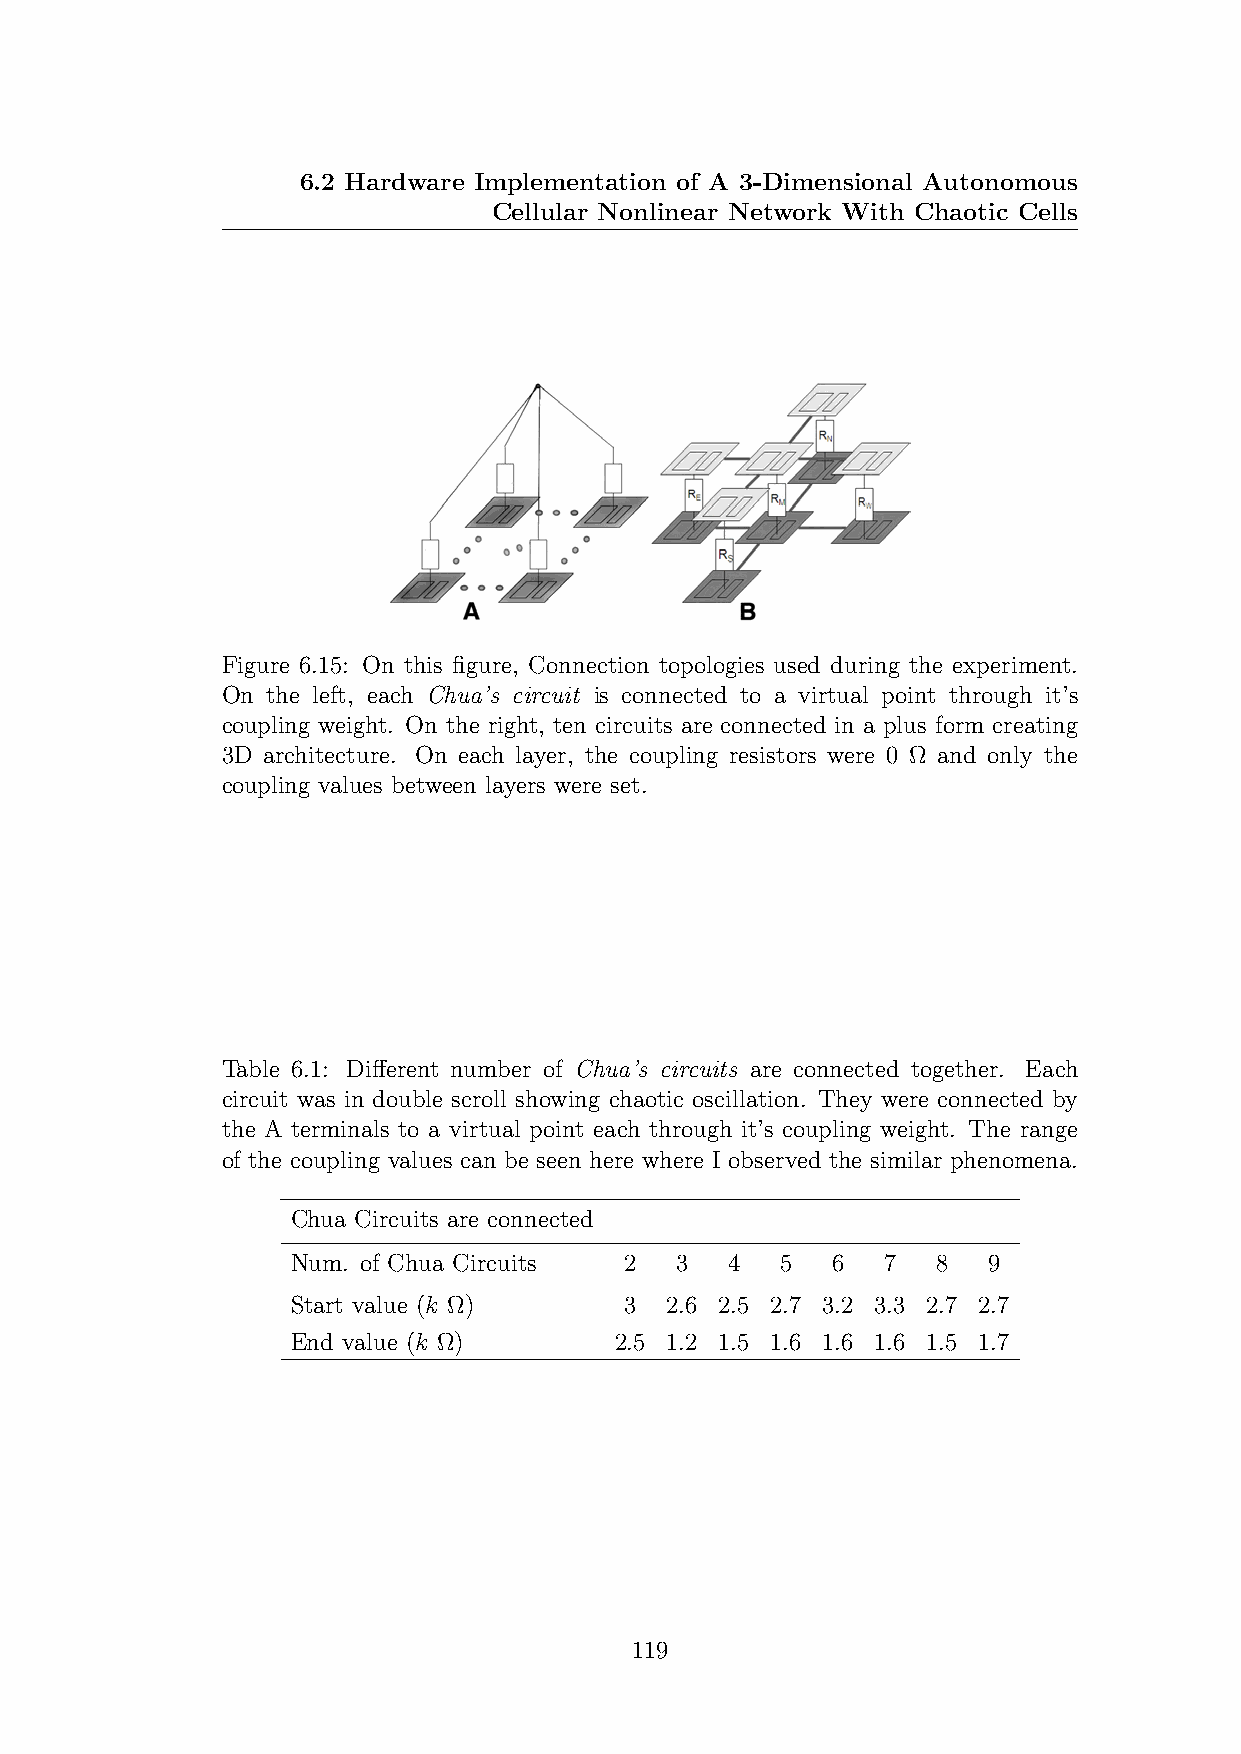
6.2 Hardware Implementation of A 3-Dimensional Autonomous
 Cellular Nonlinear Network With Chaotic Cells
 Figure 6.15: On this figure, Connection topologies used during the experiment.
 On the left, each Chua’s circuit is connected to a virtual point through it’s
 coupling weight. On the right, ten circuits are connected in a plus form creating
 3D architecture. On each layer, the coupling resistors were 0 Ω and only the
 coupling values between layers were set.
 Table 6.1: Different number of Chua’s circuits are connected together. Each
 circuit was in double scroll showing chaotic oscillation. They were connected by
 the A terminals to a virtual point each through it’s coupling weight. The range
 of the coupling values can be seen here where I observed the similar phenomena.
 Chua Circuits are connected
 Num. of Chua Circuits 2   3  4   5  6  7   8  9
 Start value (k Ω)     3  2.6 2.5 2.7 3.2 3.3 2.7 2.7
 End value (k Ω)       2.5 1.2 1.5 1.6 1.6 1.6 1.5 1.7
 119